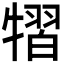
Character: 𤛊